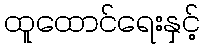
ထူထောင်ရေးနှင့်